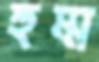
হুম্ম